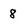
Character: 8